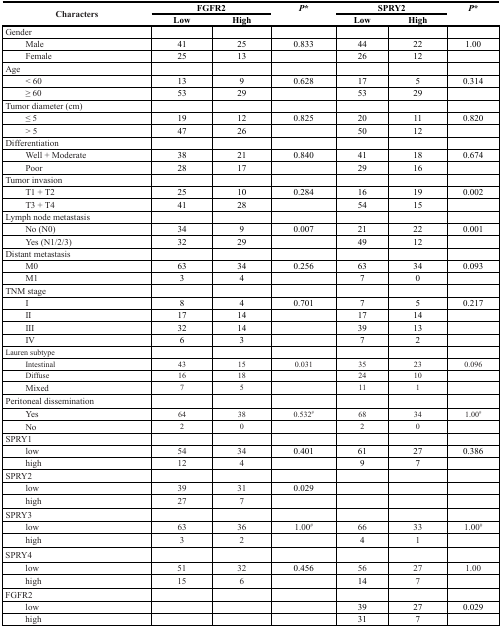
<table><thead><tr><td rowspan="2"><b>Characters</b></td><td colspan="2"><b>FGFR2</b></td><td rowspan="2"><b><i>P</i>*</b></td><td colspan="2"><b>SPRY2</b></td><td rowspan="2"><b><i>P</i>*</b></td></tr><tr><td><b>Low</b></td><td><b>High</b></td><td><b>Low</b></td><td><b>High</b></td></tr></thead><tbody><tr><td>Gender</td><td></td><td></td><td></td><td></td><td></td><td></td></tr><tr><td> Male</td><td>41</td><td>25</td><td>0.833</td><td>44</td><td>22</td><td>1.00</td></tr><tr><td> Female</td><td>25</td><td>13</td><td></td><td>26</td><td>12</td><td></td></tr><tr><td>Age</td><td></td><td></td><td></td><td></td><td></td><td></td></tr><tr><td> &lt; 60</td><td>13</td><td>9</td><td>0.628</td><td>17</td><td>5</td><td>0.314</td></tr><tr><td> ≥ 60</td><td>53</td><td>29</td><td></td><td>53</td><td>29</td><td></td></tr><tr><td>Tumor diameter (cm)</td><td></td><td></td><td></td><td></td><td></td><td></td></tr><tr><td> ≤ 5</td><td>19</td><td>12</td><td>0.825</td><td>20</td><td>11</td><td>0.820</td></tr><tr><td> &gt; 5</td><td>47</td><td>26</td><td></td><td>50</td><td>12</td><td></td></tr><tr><td>Differentiation</td><td></td><td></td><td></td><td></td><td></td><td></td></tr><tr><td> Well + Moderate</td><td>38</td><td>21</td><td>0.840</td><td>41</td><td>18</td><td>0.674</td></tr><tr><td> Poor</td><td>28</td><td>17</td><td></td><td>29</td><td>16</td><td></td></tr><tr><td>Tumor invasion</td><td></td><td></td><td></td><td></td><td></td><td></td></tr><tr><td> T1 + T2</td><td>25</td><td>10</td><td>0.284</td><td>16</td><td>19</td><td>0.002</td></tr><tr><td> T3 + T4</td><td>41</td><td>28</td><td></td><td>54</td><td>15</td><td></td></tr><tr><td>Lymph node metastasis</td><td></td><td></td><td></td><td></td><td></td><td></td></tr><tr><td> No (N0)</td><td>34</td><td>9</td><td>0.007</td><td>21</td><td>22</td><td>0.001</td></tr><tr><td> Yes (N1/2/3)</td><td>32</td><td>29</td><td></td><td>49</td><td>12</td><td></td></tr><tr><td>Distant metastasis</td><td></td><td></td><td></td><td></td><td></td><td></td></tr><tr><td> M0</td><td>63</td><td>34</td><td>0.256</td><td>63</td><td>34</td><td>0.093</td></tr><tr><td> M1</td><td>3</td><td>4</td><td></td><td>7</td><td>0</td><td></td></tr><tr><td>TNM stage</td><td></td><td></td><td></td><td></td><td></td><td></td></tr><tr><td> I</td><td>8</td><td>4</td><td>0.701</td><td>7</td><td>5</td><td>0.217</td></tr><tr><td> II</td><td>17</td><td>14</td><td></td><td>17</td><td>14</td><td></td></tr><tr><td> III</td><td>32</td><td>14</td><td></td><td>39</td><td>13</td><td></td></tr><tr><td> IV</td><td>6</td><td>3</td><td></td><td>7</td><td>2</td><td></td></tr><tr><td>Lauren subtype</td><td></td><td></td><td></td><td></td><td></td><td></td></tr><tr><td> Intestinal</td><td>43</td><td>15</td><td>0.031</td><td>35</td><td>23</td><td>0.096</td></tr><tr><td> Diffuse</td><td>16</td><td>18</td><td></td><td>24</td><td>10</td><td></td></tr><tr><td> Mixed</td><td>7</td><td>5</td><td></td><td>11</td><td>1</td><td></td></tr><tr><td>Peritoneal dissemination</td><td></td><td></td><td></td><td></td><td></td><td></td></tr><tr><td> Yes</td><td>64</td><td>38</td><td>0.532<sup>#</sup></td><td>68</td><td>34</td><td>1.00<sup>#</sup></td></tr><tr><td> No</td><td>2</td><td>0</td><td></td><td>2</td><td>0</td><td></td></tr><tr><td>SPRY1</td><td></td><td></td><td></td><td></td><td></td><td></td></tr><tr><td> low</td><td>54</td><td>34</td><td>0.401</td><td>61</td><td>27</td><td>0.386</td></tr><tr><td> high</td><td>12</td><td>4</td><td></td><td>9</td><td>7</td><td></td></tr><tr><td>SPRY2</td><td></td><td></td><td></td><td></td><td></td><td></td></tr><tr><td> low</td><td>39</td><td>31</td><td>0.029</td><td></td><td></td><td></td></tr><tr><td> high</td><td>27</td><td>7</td><td></td><td></td><td></td><td></td></tr><tr><td>SPRY3</td><td></td><td></td><td></td><td></td><td></td><td></td></tr><tr><td> low</td><td>63</td><td>36</td><td>1.00<sup>#</sup></td><td>66</td><td>33</td><td>1.00<sup>#</sup></td></tr><tr><td> high</td><td>3</td><td>2</td><td></td><td>4</td><td>1</td><td></td></tr><tr><td>SPRY4</td><td></td><td></td><td></td><td></td><td></td><td></td></tr><tr><td> low</td><td>51</td><td>32</td><td>0.456</td><td>56</td><td>27</td><td>1.00</td></tr><tr><td> high</td><td>15</td><td>6</td><td></td><td>14</td><td>7</td><td></td></tr><tr><td>FGFR2</td><td></td><td></td><td></td><td></td><td></td><td></td></tr><tr><td> low</td><td></td><td></td><td></td><td>39</td><td>27</td><td>0.029</td></tr><tr><td> high</td><td></td><td></td><td></td><td>31</td><td>7</td><td></td></tr></tbody></table>